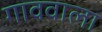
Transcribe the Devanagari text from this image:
गाववाला